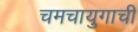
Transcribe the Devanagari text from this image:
चमचायुगाची